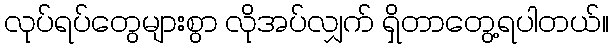
လုပ်ရပ်တွေများစွာ လိုအပ်လျှက် ရှိတာတွေ့ရပါတယ်။